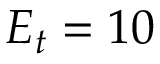
E _ { t } = 1 0